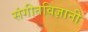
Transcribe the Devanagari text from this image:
संगीतविज्ञानी